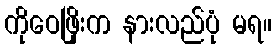
ကိုဝေဖြိုးက နားလည်ပုံ မရ။